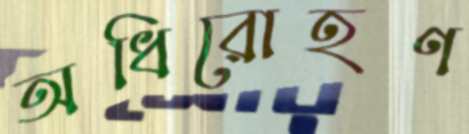
অধিরোহণ